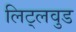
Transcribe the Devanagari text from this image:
लिट्लवुड